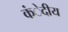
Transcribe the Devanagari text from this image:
कंेदीय